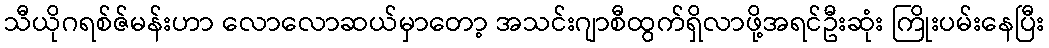
သီယိုဂရစ်ဇ်မန်းဟာ လောလောဆယ်မှာတော့ အသင်းဂျာစီထွက်ရှိလာဖို့အရင်ဦးဆုံး ကြိုးပမ်းနေပြီး